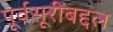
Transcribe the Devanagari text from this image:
पूर्वसूरींबद्दल